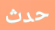
حدث